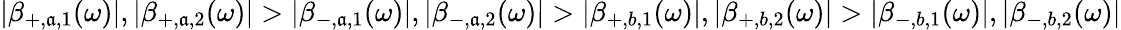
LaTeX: |\beta_{+,\mathfrak{a},1}(\omega)|,|\beta_{+,\mathfrak{a},2}(\omega)|>|\beta_{-,\mathfrak{a},1}(\omega)|,|\beta_{-,\mathfrak{a},2}(\omega)|>|\beta_{+,b,1}(\omega)|,|\beta_{+,b,2}(\omega)|>|\beta_{-,b,1}(\omega)|,|\beta_{-,b,2}(\omega)|